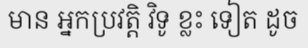
មាន អ្នកប្រវត្តិ វិទូ ខ្លះ ទៀត ដូច